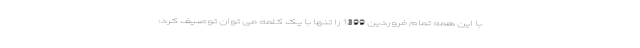
با این همه تمام فروردین 1399 را تنها با یک کلمه می توان توصیف کرد: